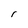
Character: r